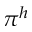
\pi ^ { h }